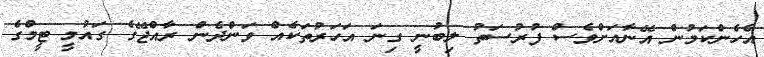
އެހެންކަމުން އޭނާއަށްވެސް ފުރުސަތު ލިބުނީ ގިނަ އަހަރުތަކެއް ވަންދެން ރާއްޖޭގެ ގައުމީ ޓީމްގެ